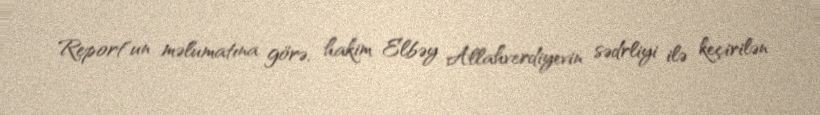
Report"un məlumatına görə, hakim Elbəy Allahverdiyevin sədrliyi ilə keçirilən